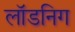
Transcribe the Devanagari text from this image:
लॉडनिग